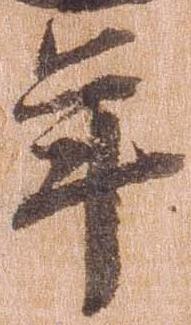
年